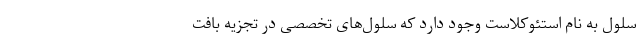
سلول به نام استئوکلاست وجود دارد که سلول‌های تخصصی در تجزیه بافت